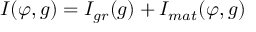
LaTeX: I ( \varphi , g ) = I _ { g r } ( g ) + I _ { m a t } ( \varphi , g )